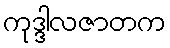
ကုဒ္ဒါလဇာတက